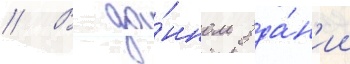
// В да́нном зда́н'ии